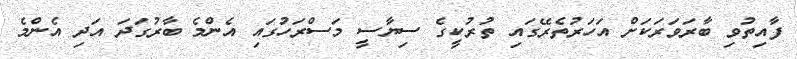
ފާއިތުވި ބާރަވަރަކަށް އަހަރުތެރޭގައި ތުރުކީގެ ސިޔާސީ މަސްރަހުގައި އެންމެ ބާރުގަދަ އަދި އެންމެ